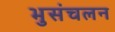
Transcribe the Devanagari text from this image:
भुसंचलन